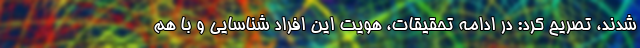
شدند، تصریح کرد: در ادامه تحقیقات، هویت این افراد شناسایی و با هم